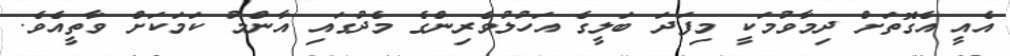
އެއީ އެގޮތަށް ދިމާވުމަކީ މިފަދަ ބަލީގެ އަހުލުވެރިންގެ މެދުގައި އާންމު ކަމަކަށް ވާތީއެވެ.